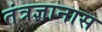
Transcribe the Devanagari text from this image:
तंत्रज्ञानास